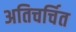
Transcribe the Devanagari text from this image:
अतिचर्चित